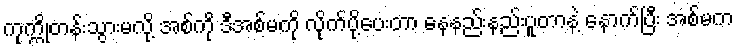
ကုက္ကိုတန်းသွားမလို့ အစ်ကို ဒီအစ်မကို လိုက်ပို့ပေးတာ နေနည်းနည်းပူတာနဲ့ နောက်ပြီး အစ်မက